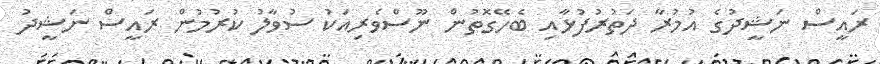
ރައީސް ނަޝީދުގެ އުމުރާ ދަތުރުފުޅާއި ބެހޭގޮތުން ނޫސްވެރިއަކު ސުވާލު ކުރުމުން ރައީސް ނަޝީދު